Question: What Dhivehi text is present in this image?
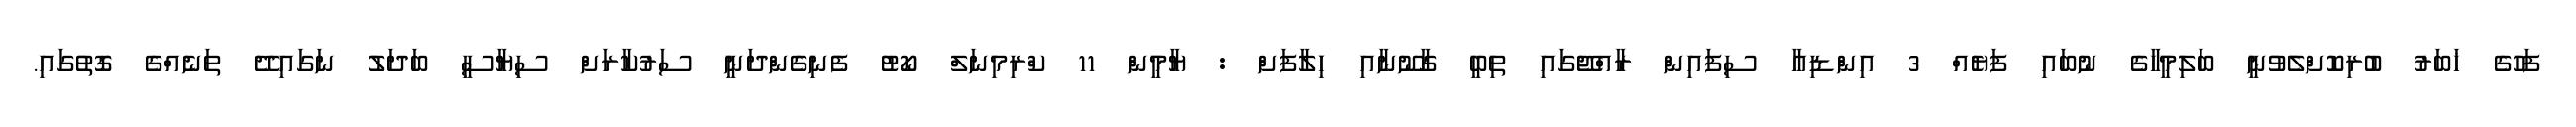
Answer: ފަހުގެ ޚަބަރު ބުރިކޮށްލެވުނީ ބަލިމީހާގެ ނުބައި ފަޔެއް 3 އިންޑިއާ ސިފައިން ރާއްޖޭގައި ތިބީ ގާނޫނާއި ހިލާފަށް : ޔާމީން 11 ކްރިމިނަލް ކޯޓު ފެނިގެންދަނީ ސަރުކާރަށް ސިޔާސީ ބަދަލު ނަގައިދޭ ތަނެއްގެ ގޮތުގައި.